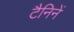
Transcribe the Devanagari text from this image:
टैनिनें